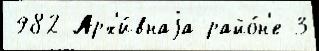
982 Арх'и́внаjа райо́н'е 3